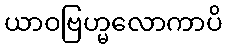
ယာဝဗြဟ္မလောကာပိ